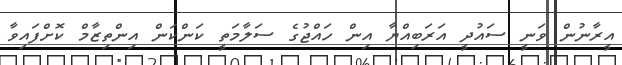
އީރާނުން ވަނީ ސައުދީ އަރަބިއްޔާ އިން ހައްޖުގެ ސަލާމަތީ ކަންކަން އިންތިޒާމް ކޮށްފައިވާ